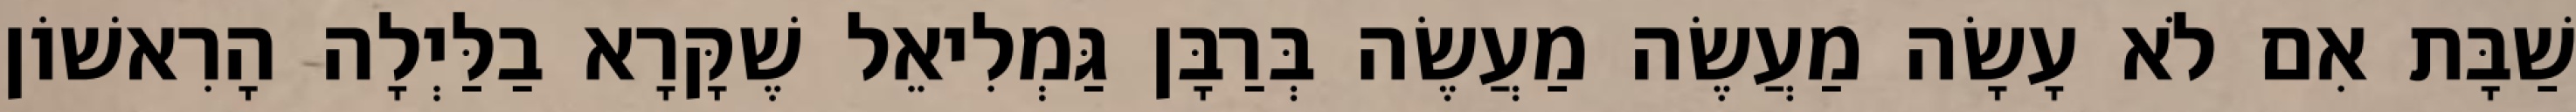
שַׁבָּת אִם לֹא עָשָׂה מַעֲשֶׂה מַעֲשֶׂה בְּרַבָּן גַּמְלִיאֵל שֶׁקָּרָא בַלַּיְלָה הָרִאשׁוֹן